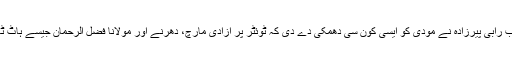
میں حیران تھی کہ آخر اب رابی پیرزادہ نے مودی کو ایسی کون سی دھمکی دے دی کہ ٹوئٹر پر آزادی مارچ، دھرنے اور مولانا فضل الرحمان جیسے ہاٹ ٹاپک کو پیچھے چھوڑدیا۔